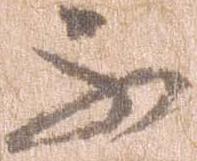
不